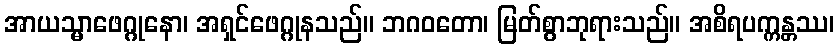
အာယသ္မာဖေဂ္ဂုနော၊ အရှင်ဖေဂ္ဂုနသည်။ ဘဂဝတော၊ မြတ်စွာဘုရားသည်။ အစိရပက္ကန္တဿ၊